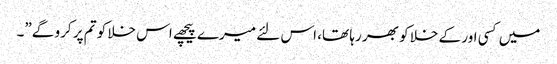
میں کسی اور کے خلا کو بھر رہا تھا، اس لئے میرے پیچھے اس خلا کو تم پر کرو گے”۔